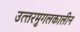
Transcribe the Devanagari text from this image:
उत्‍तरमुगलकालीन